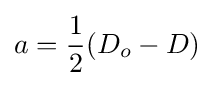
a={\frac {1}{2}}(D_{o}-D)